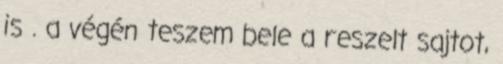
is . a végén teszem bele a reszelt sajtot,